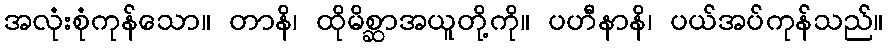
အလုံးစုံကုန်သော။ တာနိ၊ ထိုမိစ္ဆာအယူတို့ကို။ ပဟီနာနိ၊ ပယ်အပ်ကုန်သည်။